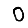
Digit: 0